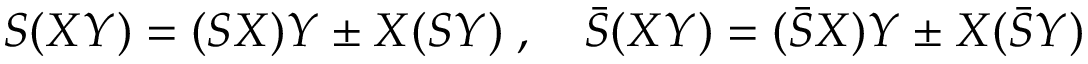
S ( X Y ) = ( S X ) Y \pm X ( S Y ) \; , \quad \bar { S } ( X Y ) = ( \bar { S } X ) Y \pm X ( \bar { S } Y )